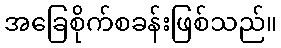
အခြေစိုက်စခန်းဖြစ်သည်။